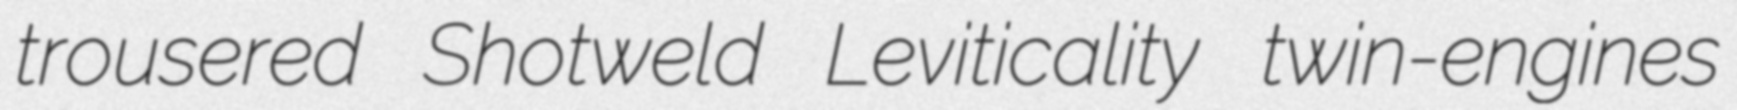
trousered Shotweld Leviticality twin-engines